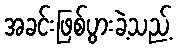
အခင်းဖြစ်ပွားခဲ့သည့်